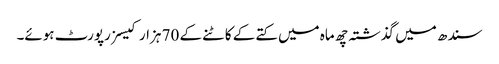
سندھ میں گذشتہ چھ ماہ میں کتے کے کاٹنے کے 70 ہزار کیسز رپورٹ ہوئے۔